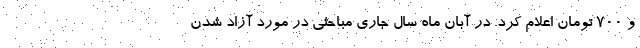
و 700 تومان اعلام کرد. در آبان ماه سال جاری مباحثی در مورد آزاد شدن